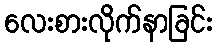
လေးစားလိုက်နာခြင်း